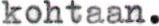
kohtaan.